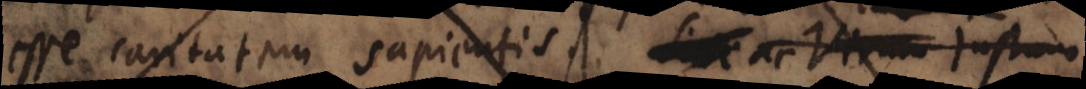
esse caritatem sapientis. Sive ac virum justum